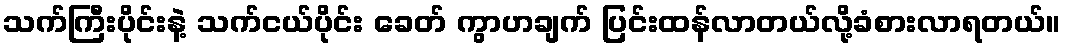
သက်ကြီးပိုင်းနဲ့ သက်ငယ်ပိုင်း ခေတ် ကွာဟချက် ပြင်းထန်လာတယ်လို့ခံစားလာရတယ်။